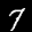
Label: 7